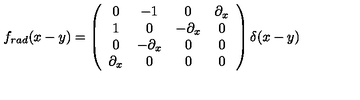
f _ { r a d } ( x - y ) = \left( \begin{array} { c c c c } { 0 } & { { - 1 } } & { 0 } & { \partial _ { x } } \\ { 1 } & { 0 } & { { - \partial _ { x } } } & { 0 } \\ { 0 } & { { - \partial _ { x } } } & { 0 } & { 0 } \\ { \partial _ { x } } & { 0 } & { 0 } & { 0 } \\ \end{array} \right) \delta ( x - y )